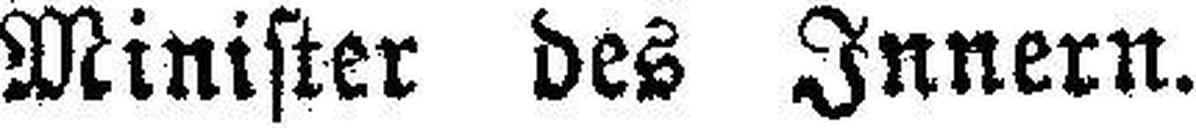
Minister des Innern.